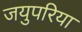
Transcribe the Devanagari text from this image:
जयुपरिया